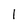
Character: 1